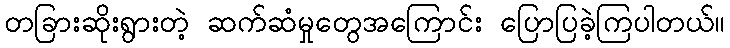
တခြားဆိုးရွားတဲ့ ဆက်ဆံမှုတွေအကြောင်း ပြောပြခဲ့ကြပါတယ်။